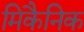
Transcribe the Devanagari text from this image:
मिकैनिक